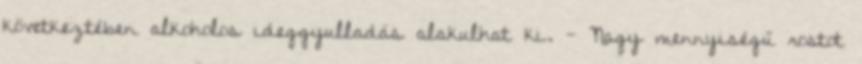
következtében alkoholos ideggyulladás alakulhat ki. - Nagy mennyiségű rostot